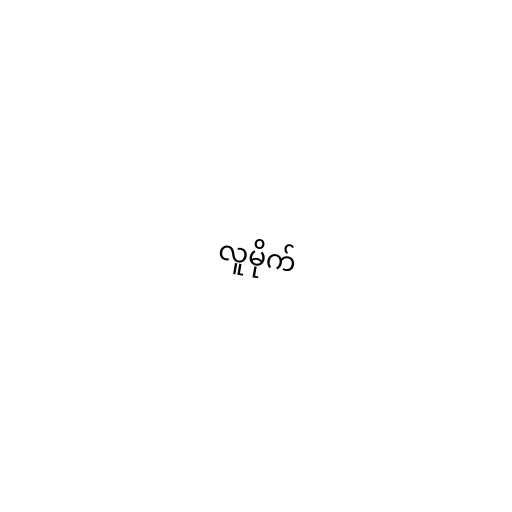
လူမိုက်